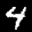
Label: 4